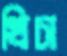
খিচা